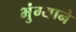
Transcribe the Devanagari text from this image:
भुंग्याने